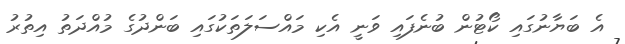
އެ ބަޔާނުގައި ކޯޓުން ބުނެފައި ވަނީ އެކި މައްސަލަތަކުގައި ބަންދުގެ މުއްދަތު އިތުރު